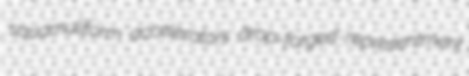
squamuliform accelerators drop-forged representment